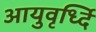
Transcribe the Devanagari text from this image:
आयुवृर्ध्दि